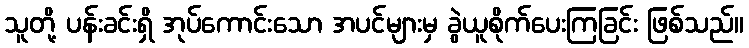
သူတို့ ပန်းခင်းရှိ အုပ်ကောင်းသော အပင်များမှ ခွဲယူစိုက်ပေးကြခြင်း ဖြစ်သည်။